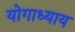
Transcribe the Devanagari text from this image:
योगाध्याय